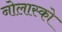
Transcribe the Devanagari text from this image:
नोलास्को